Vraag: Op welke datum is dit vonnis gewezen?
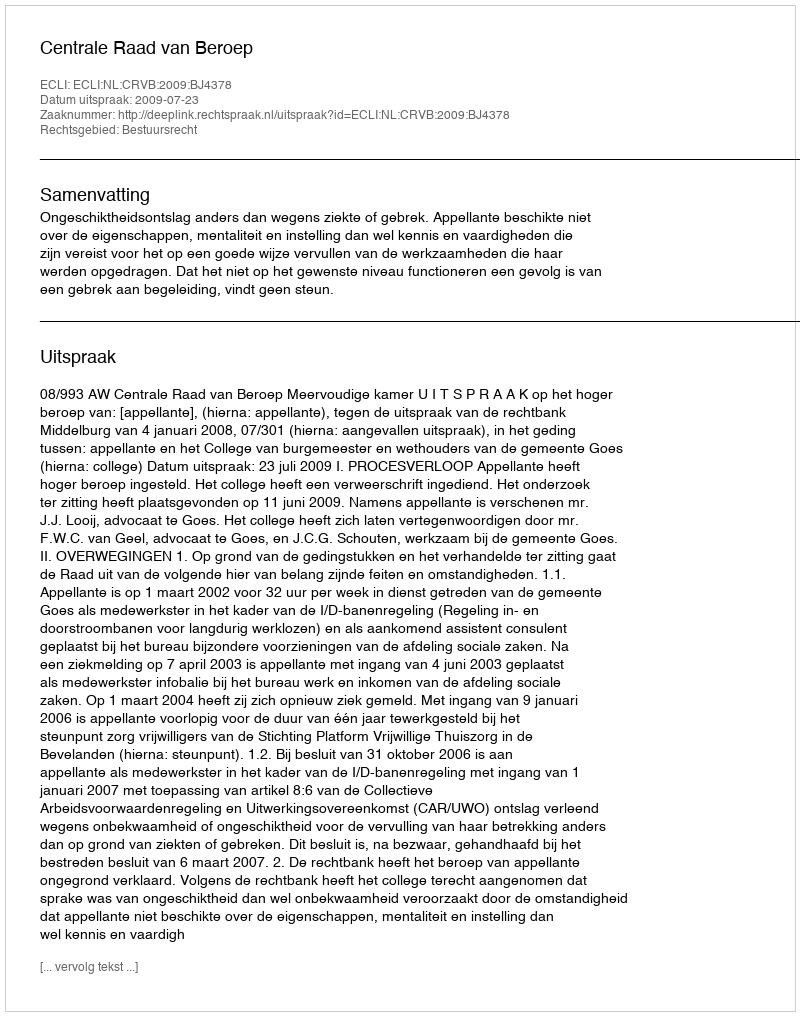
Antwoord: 2009-07-23